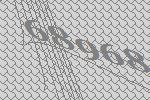
68968